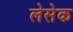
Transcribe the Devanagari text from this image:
लेसेक